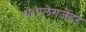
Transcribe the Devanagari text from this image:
थे।एलेगजेंडर